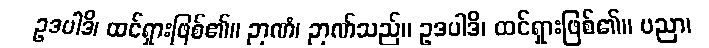
ဥဒပါဒိ၊ ထင်ရှားဖြစ်၏။ ဉာဏံ၊ ဉာဏ်သည်။ ဥဒပါဒိ၊ ထင်ရှားဖြစ်၏။ ပညာ၊